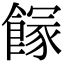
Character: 𩝬